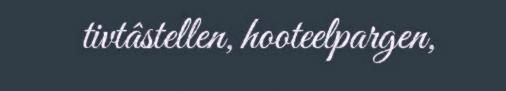
tivtâstellen, hooteelpargen,